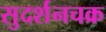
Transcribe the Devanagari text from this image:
सुदर्शनचक्र